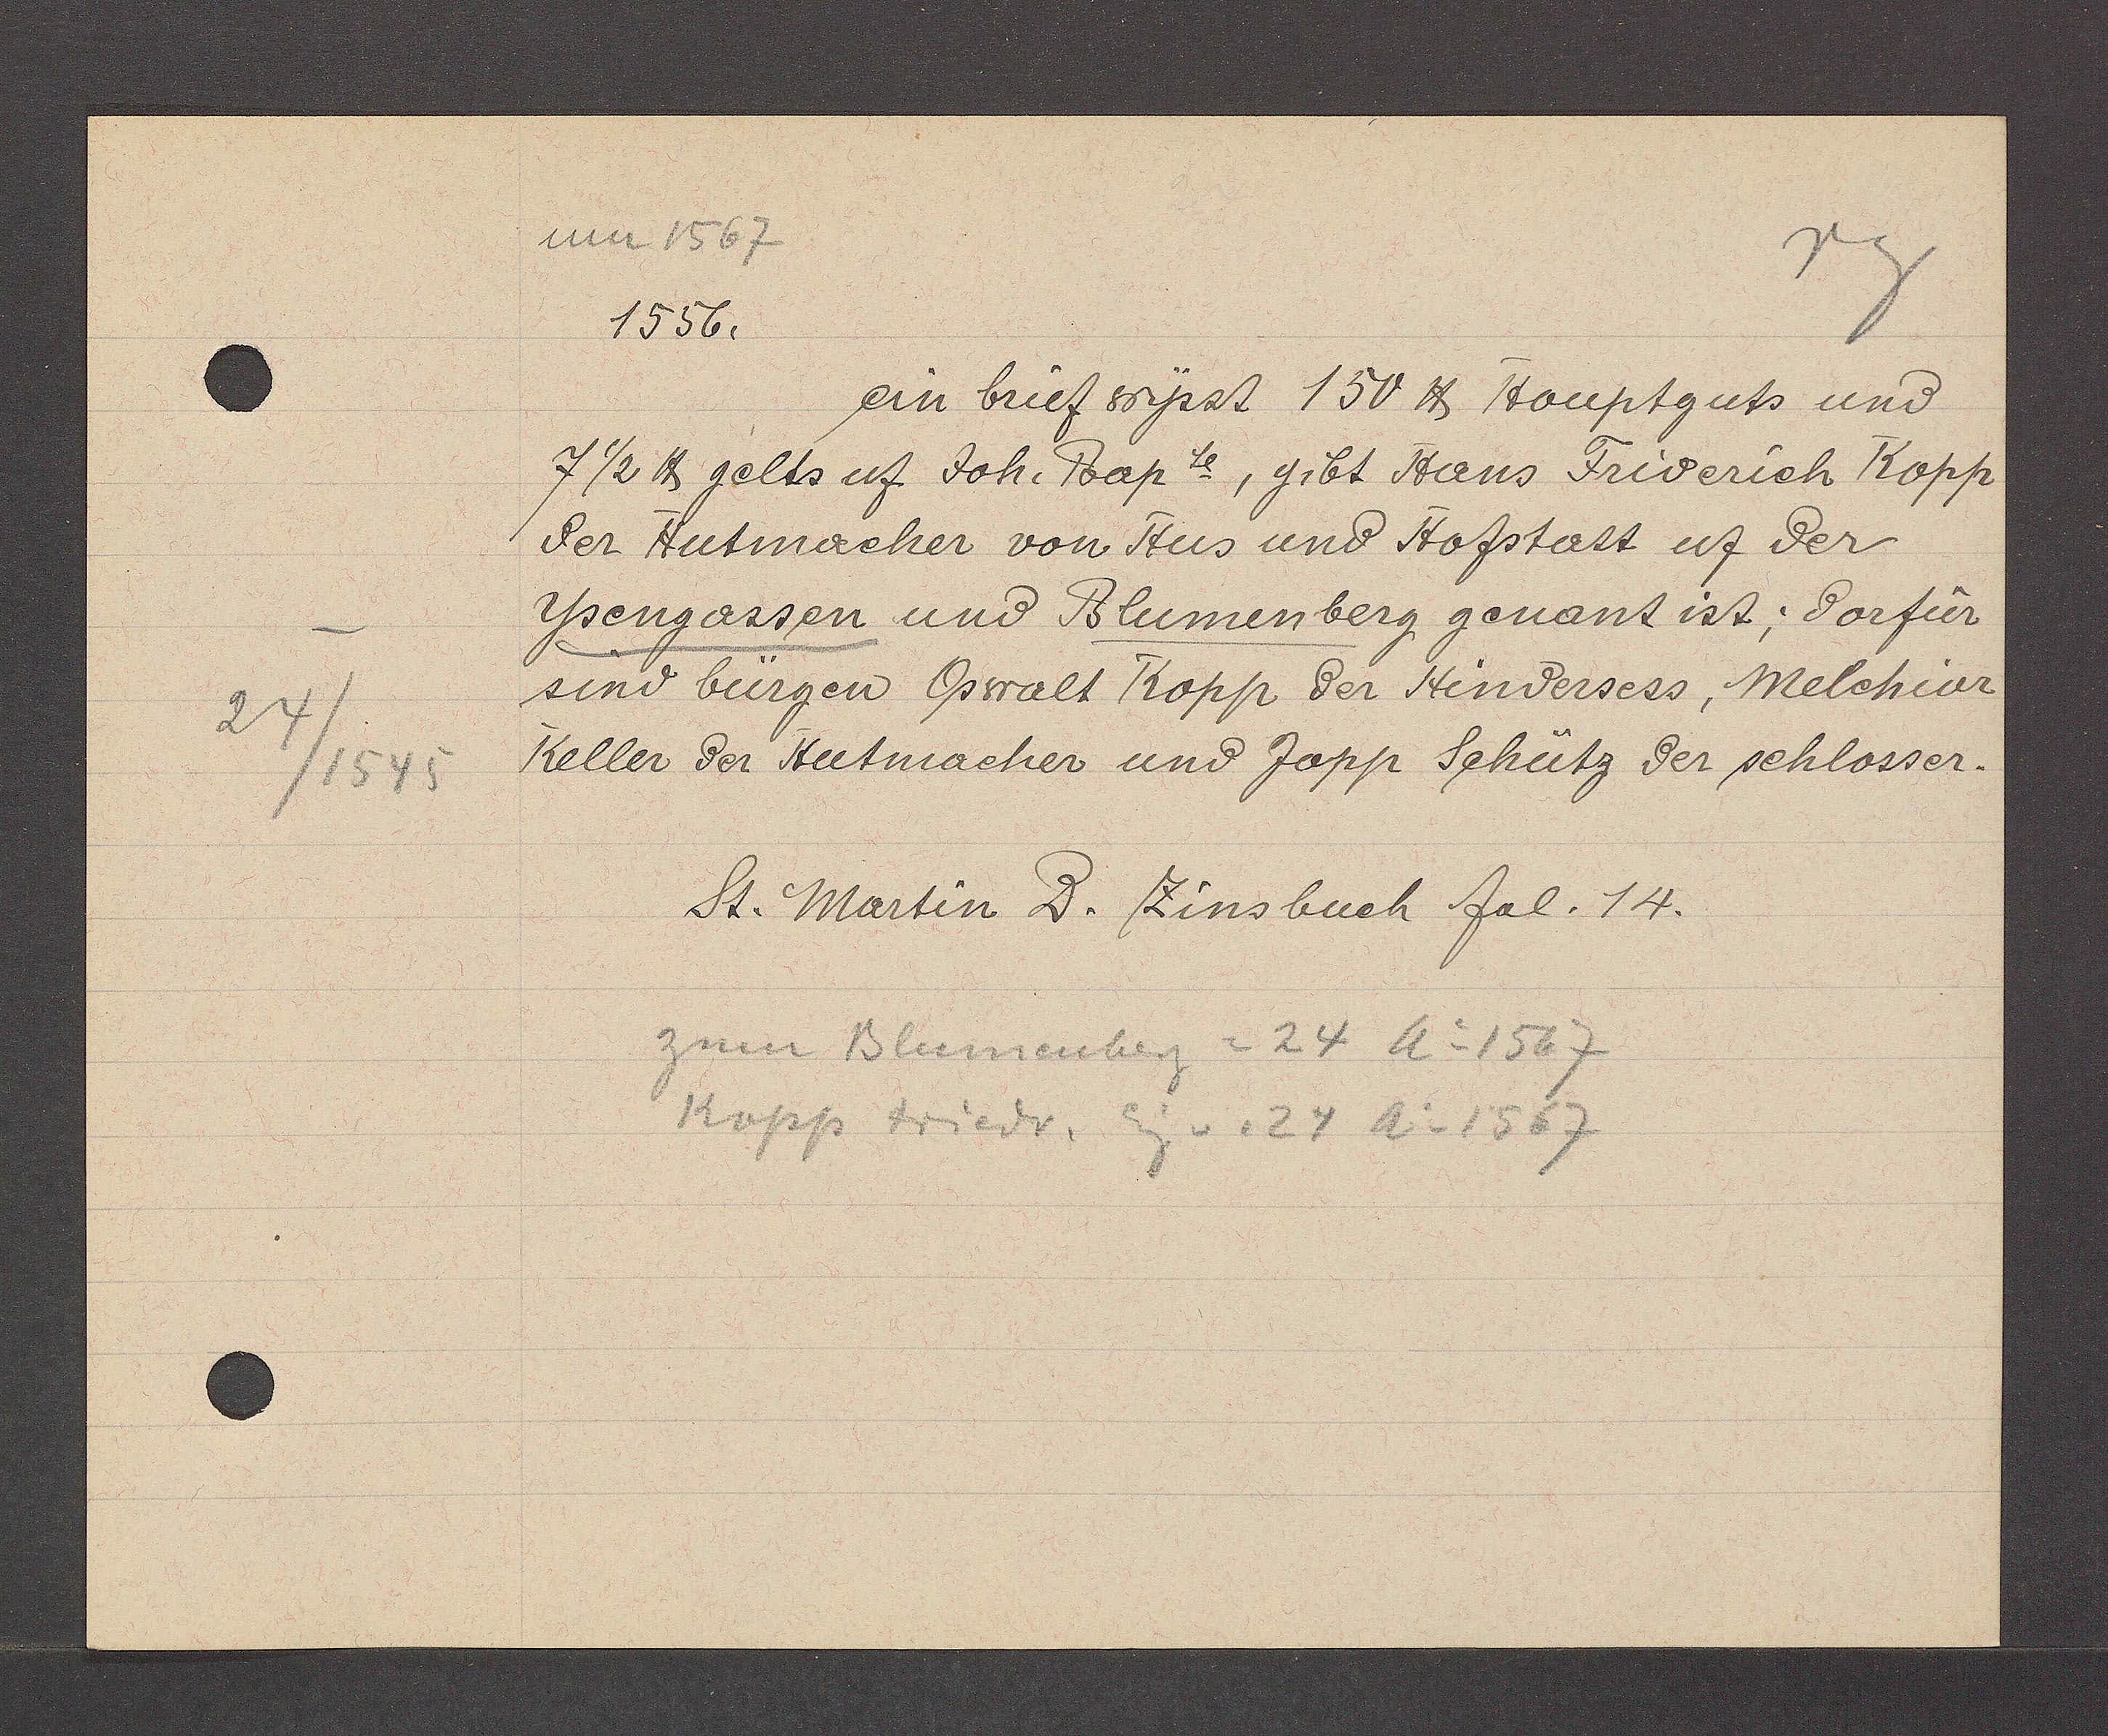
Transcript:
24/1545

1556.
ein brief wysst 150 ℔ Houptguts und
7 ½ ℔ gelts uf Joh. Bapte, gibt Hans Friderich Kopp
der Hutmacher von Hus und Hofstatt uf der
Ysengassen und Blumenberg genant ist; dorfür
sind bürgen Oswalt Kopp der Hindersess, Melchior
Keller der Hutmacher und Jopp Schütz der schlosser.
St. Martin D. Zinsbuch fal. 14.
zum Blumenberg = 24 Ao1567
Kopp Friedr. Eg v. 24 A o 1567